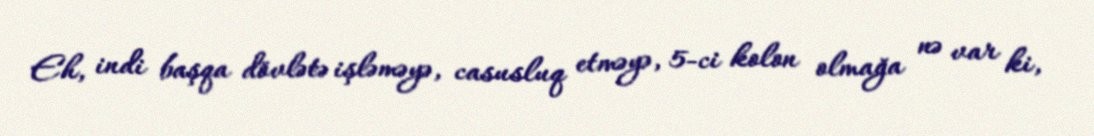
Eh, indi başqa dövlətə işləməyə, casusluq etməyə, 5-ci kolon olmağa nə var ki,